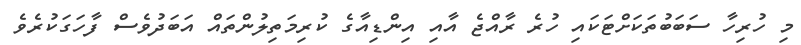
މި ހުރިހާ ސަބަބުތަކަށްޓަކައި ހުރެ ރާއްޖެ އާއި އިންޑިއާގެ ކުރިމަތިލުންތައް އަބަދުވެސް ފާހަގަކުރެވެ